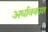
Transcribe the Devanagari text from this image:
अर्धावकाश